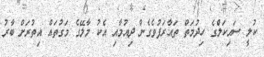
ކުލީ ސައިކަލްގެ ހިދުމަތް ތައާރަފުވެގެން ދިއުމާއި އެކު މާލޭގެ މަގުތައް އިތުރަށް ބާރު